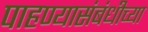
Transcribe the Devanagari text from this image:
पाहण्यासंबंधीच्या